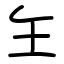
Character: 玍